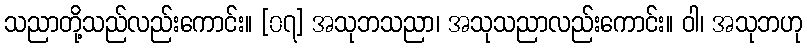
သညာတို့သည်လည်းကောင်း။ [၀၇] အသုဘသညာ၊ အသုသညာလည်းကောင်း။ ဝါ၊ အသုဘဟု